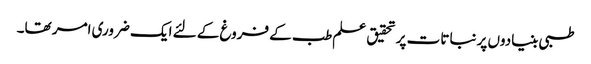
طبی بنیادوں پر نباتات پر تحقیق علم طب کے فروغ کے لئے ایک ضروری امر تھا۔